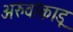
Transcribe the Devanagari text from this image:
अरुवांकाडू